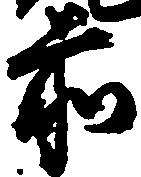
前